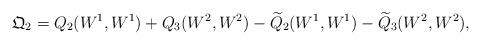
LaTeX: \begin{align*}\mathfrak{Q}_2 = Q_2(W^1, W^1) + Q_3(W^2, W^2) -\widetilde{Q}_2(W^1, W^1) -\widetilde{Q}_3(W^2,W^2),\end{align*}